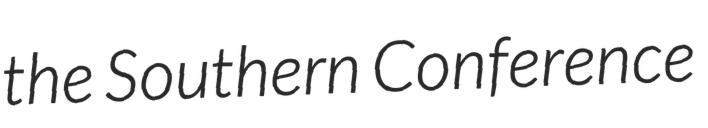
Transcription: the Southern Conference